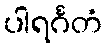
ပါရင်္ဂတံ